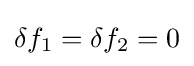
\delta f_{1}=\delta f_{2}=0